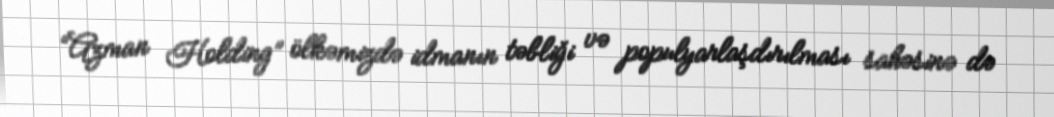
“Azman Holding” ölkəmizdə idmanın təbliği və populyarlaşdırılması sahəsinə də